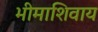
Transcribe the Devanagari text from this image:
भीमाशिवाय